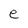
Character: e